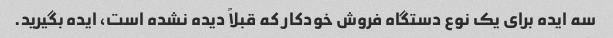
سه ایده برای یک نوع دستگاه فروش خودکار که قبلاً دیده نشده است، ایده بگیرید.